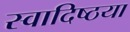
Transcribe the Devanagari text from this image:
स्वादिष्ठया